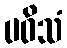
ပဝိသံ